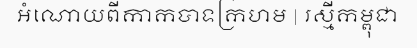
អំណោយពីកាកបាទក្រហម | រស្មីកម្ពុជា